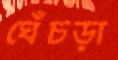
ঘেঁচড়া